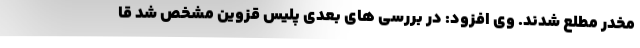
مخدر مطلع شدند. وی افزود: در بررسی های بعدی پلیس قزوین مشخص شد قا